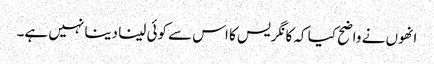
انھوں نے واضح کیا کہ کانگریس کا اس سے کوئی لینا دینا نہیں ہے۔